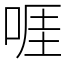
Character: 啀